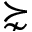
\succnsim